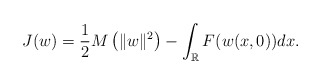
\begin{align*}J(w)=\frac{1}{2} M\left(\| w\|^2\right) -\int_{\mathbb R} F(w(x,0))dx.\end{align*}